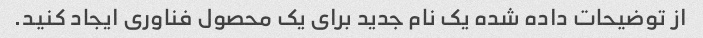
از توضیحات داده شده یک نام جدید برای یک محصول فناوری ایجاد کنید.